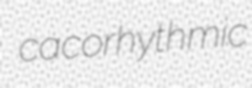
cacorhythmic